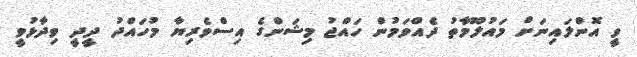
ވީ އޮންލައިނަށް މައުލޫމާތު ދެއްވަމުން ހައްޖު މިޝަންގެ އިސްވެރިޔާ މުހައްދު ދީދީ ވިދާޅުވީ